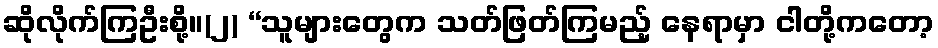
ဆိုလိုက်ကြဦးစို့။(၂) “သူများတွေက သတ်ဖြတ်ကြမည့် နေရာမှာ ငါတို့ကတော့